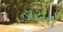
ડાયરો